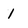
Character: 1